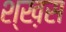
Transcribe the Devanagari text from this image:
श्ख़स